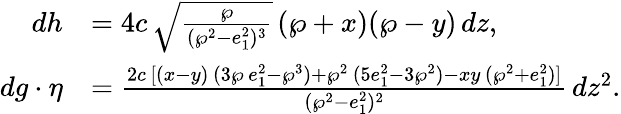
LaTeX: \begin{array}{rl}{dh}&{=4c\, \sqrt{\frac{\wp}{(\wp^{2}-e_{1}^{2})^{3}}}\, (\wp+x)(\wp-y)\, dz,}\\ {dg\cdot\eta}&{=\frac{2c\, [(x-y)\, (3\wp\, e_{1}^{2}-\wp^{3})+\wp^{2}\, (5e_{1}^{2}-3\wp^{2})-xy\, (\wp^{2}+e_{1}^{2})]}{(\wp^{2}-e_{1}^{2})^{2}}\, dz^{2}.}\end{array}